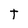
Character: t